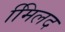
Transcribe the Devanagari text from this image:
मििलद